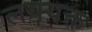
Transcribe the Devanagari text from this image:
लययक्त